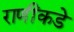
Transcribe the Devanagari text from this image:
राणींकडे